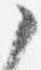
之